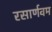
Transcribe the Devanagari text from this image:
रसार्णवम